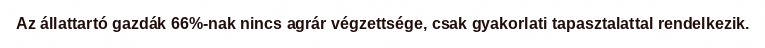
Az állattartó gazdák 66%-nak nincs agrár végzettsége, csak gyakorlati tapasztalattal rendelkezik.